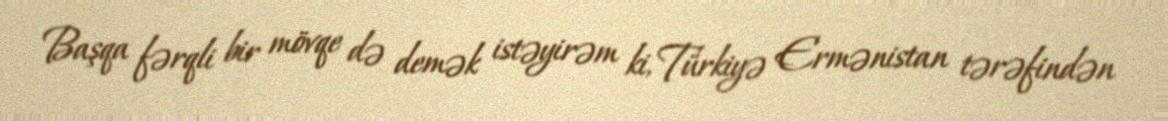
Başqa fərqli bir mövqe də demək istəyirəm ki, Türkiyə Ermənistan tərəfindən